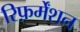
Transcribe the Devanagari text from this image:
रिफ़र्मेंशन